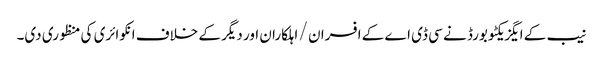
نیب کے ایگزیکٹو بورڈ نے سی ڈی اے کے افسران / اہلکاران اور دیگر کے خلاف انکوائری کی منظوری دی۔